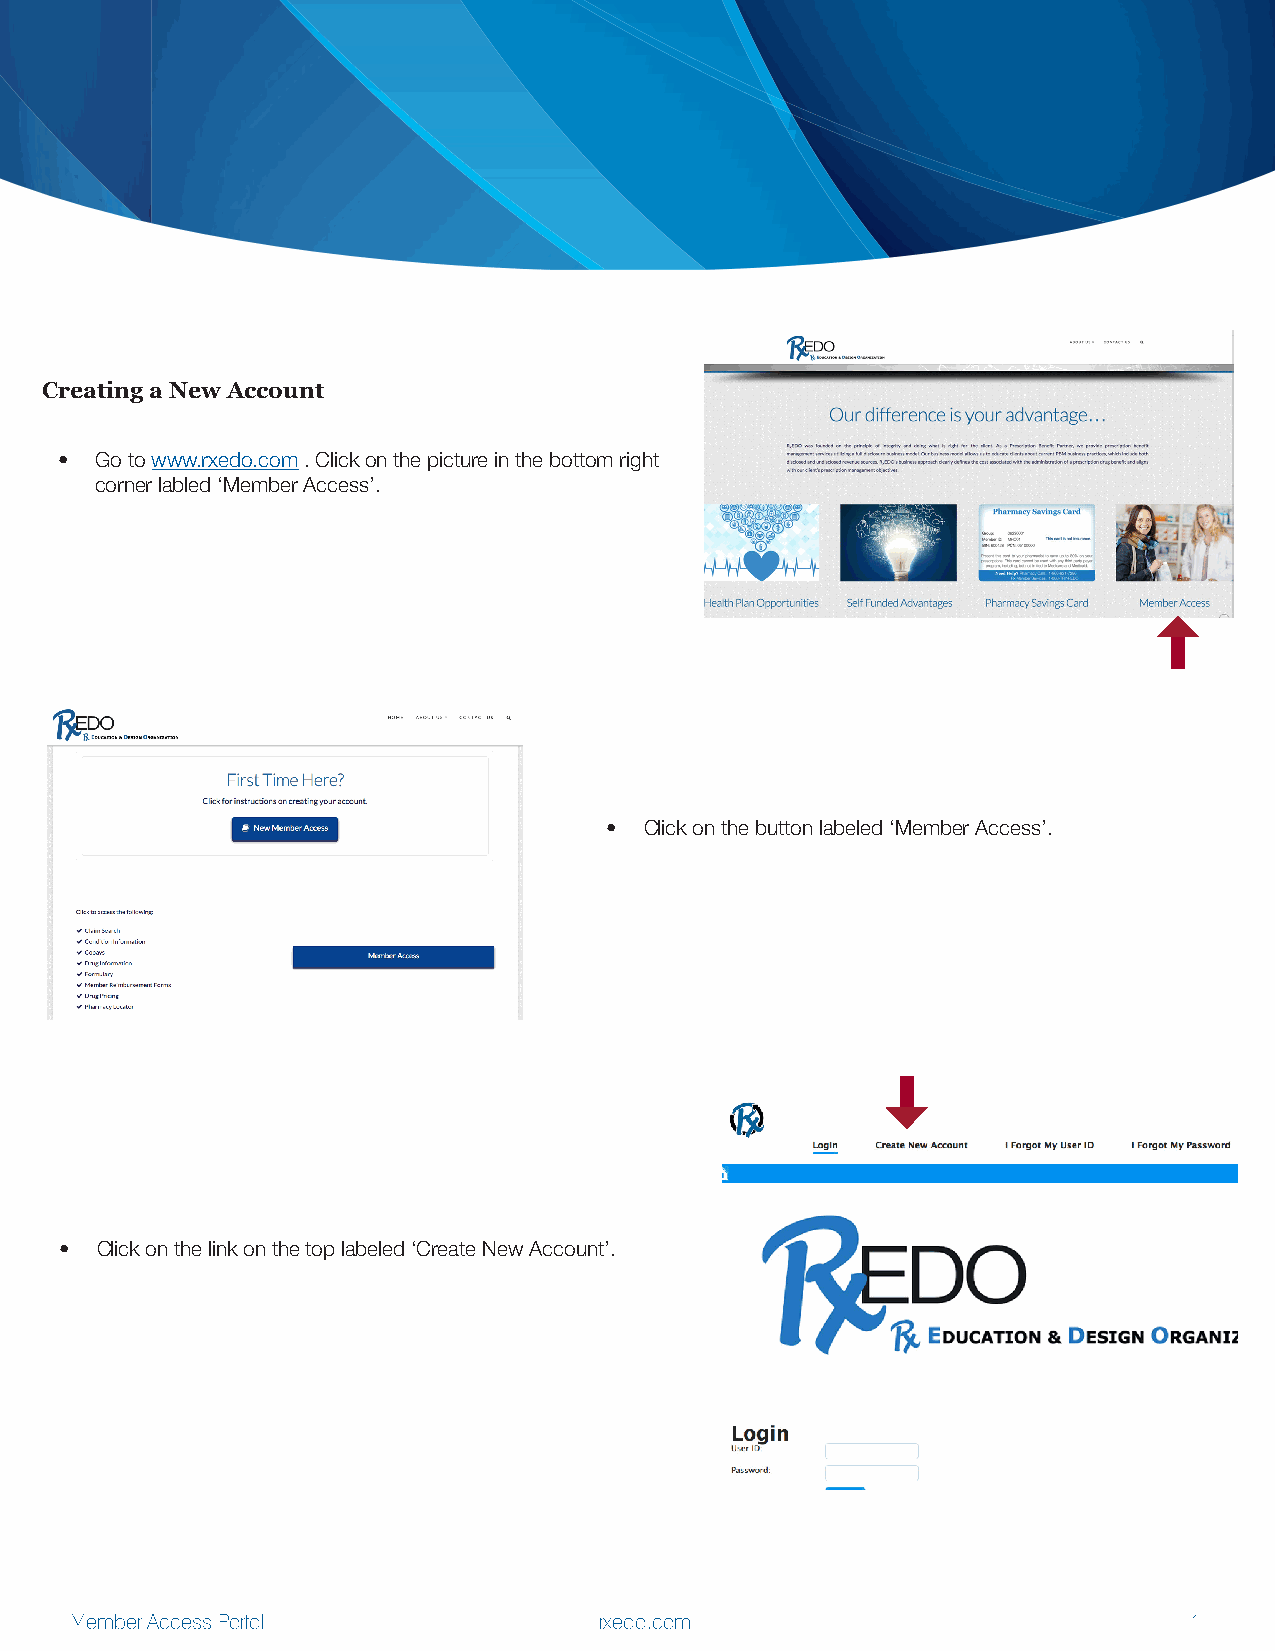
Creating a New Account
 • Go to www.rxedo.com . Click on the picture in the bottom right
 corner labled ‘Member Access’.
 •  Click on the button labeled ‘Member Access’.
 • Click on the link on the top labeled ‘Create New Account’.
 Member Access Portal               rxedo.com                              1